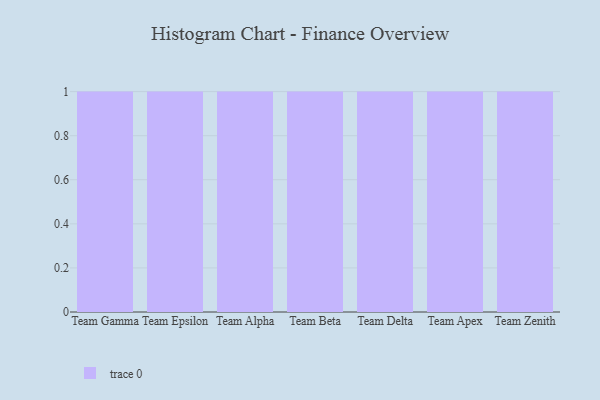
{"axis": {"x": "Team", "y": "Demand Index"}, "legend": [""], "data": [{"x": "Team Gamma", "y": 16, "type": ""}, {"x": "Team Epsilon", "y": 100, "type": ""}, {"x": "Team Alpha", "y": 44, "type": ""}, {"x": "Team Beta", "y": 81, "type": ""}, {"x": "Team Delta", "y": 74, "type": ""}, {"x": "Team Apex", "y": 12, "type": ""}, {"x": "Team Zenith", "y": 58, "type": ""}]}